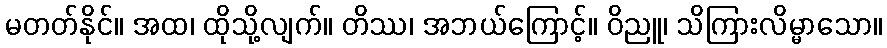
မတတ်နိုင်။ အထ၊ ထိုသို့လျက်။ တိဿ၊ အဘယ်ကြောင့်။ ဝိညူ၊ သိကြားလိမ္မာသော။